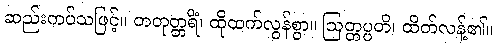
ဆည်းကပ်သဖြင့်။ တတုတ္တရိံ၊ ထိုထက်လွန်စွာ။ ဩတ္တပ္ပတိ၊ ထိတ်လန့်၏။